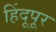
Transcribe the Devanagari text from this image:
हिंदूपूर